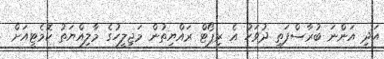
އަދި އަންނަ ބުރާސްފަތި ދުވަހު އެ ރިޕޯޓް ރައްޔިތުން މަޖިލީހުގެ މާލިއްޔަތު ކޮމެޓީއަށް